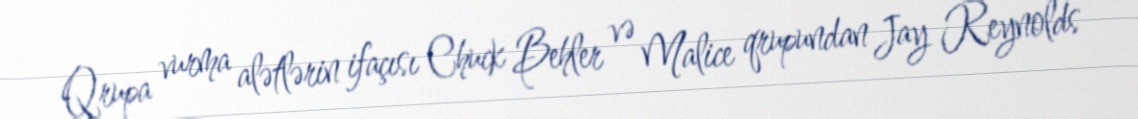
Qrupa vurma alətlərin ifaçısı Chuck Behler və Malice qrupundan Jay Reynolds